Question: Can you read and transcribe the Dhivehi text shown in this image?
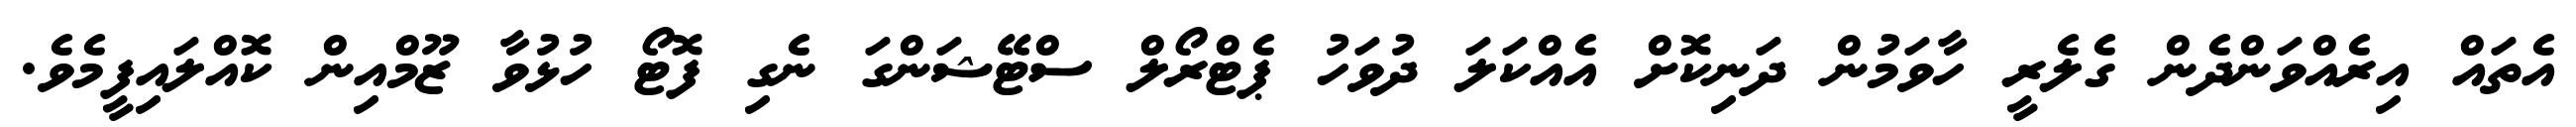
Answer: އެތައް އިރެއްވަންދެން ގެލެރީ ހާވަމުން ދަނިކޮށް އެއްކަލަ ދުވަހު ޕެޓްރޯލް ސްޓޭޝަންގަ ނެގި ފޮޓޯ ހުޅުވާ ޒޫމްއިން ކޮއްލައިފީމެވެ.